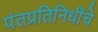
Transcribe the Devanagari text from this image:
पंतप्रतिनिधींचे